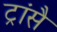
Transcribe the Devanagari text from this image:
ट्रांसै